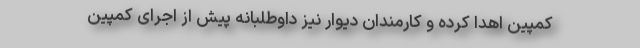
کمپین اهدا کرده و کارمندان دیوار نیز داوطلبانه پیش از اجرای کمپین